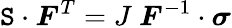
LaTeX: {\boldsymbol{\mathtt{S}}}\cdot{\boldsymbol{F}}^{T}=J~{\boldsymbol{F}}^{-1}\cdot{\boldsymbol{\sigma}}